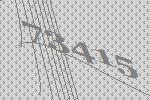
73415